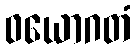
ဝယောဂတံ